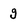
Character: g